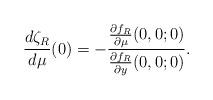
LaTeX: \begin{align*}\frac{d \zeta_R}{d \mu}(0) = -\frac{\frac{\partial f_R}{\partial \mu}(0,0;0)}{\frac{\partial f_R}{\partial y}(0,0;0)}.\end{align*}